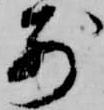
前